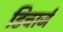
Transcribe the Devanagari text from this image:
डिचार्ज